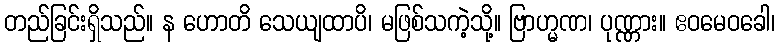
တည်ခြင်းရှိသည်။ န ဟောတိ သေယျထာပိ၊ မဖြစ်သကဲ့သို့။ ဗြာဟ္မဏ၊ ပုဏ္ဏား။ ဧဝမေဝခေါ၊